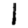
Digit: 1